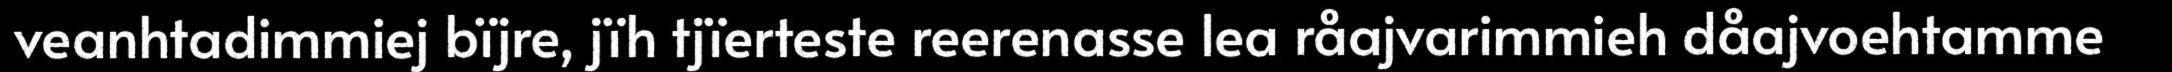
veanhtadimmiej bïjre, jïh tjïerteste reerenasse lea råajvarimmieh dåajvoehtamme